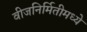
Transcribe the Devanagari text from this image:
वीजनिर्मितीमध्ये